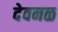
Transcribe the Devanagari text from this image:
देवनळ